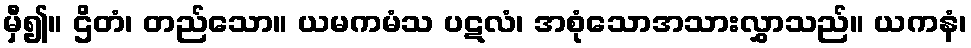
မှီ၍။ ဌိတံ၊ တည်သော။ ယမကမံသ ပဋလံ၊ အစုံသောအသားလွှာသည်။ ယကနံ၊